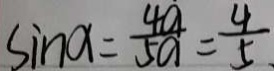
\sin a = \frac { 4 a } { 5 a } = \frac { 4 } { 5 }